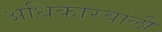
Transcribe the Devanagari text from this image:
अधिकारवाली